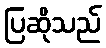
ပြဆိုသည်